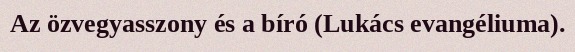
Az özvegyasszony és a bíró (Lukács evangéliuma).